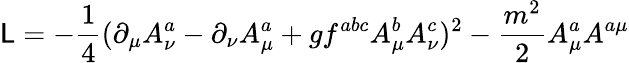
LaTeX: {\cal\mathsf{L}}=-\frac{{1}}{{4}}(\partial_{\mu}A_{\nu}^{a}-\partial_{\nu}A_{\mu}^{a}+gf^{abc}A_{\mu}^{b}A_{\nu}^{c})^{2}-\frac{{m^{2}}}{{2}}A_{\mu}^{a}A^{a\mu}